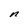
Character: n